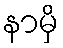
နာမှိ